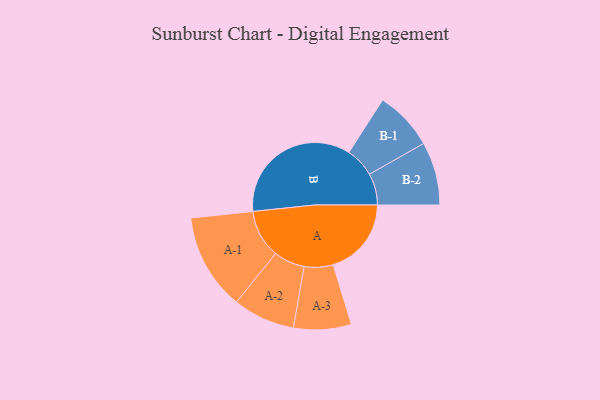
{"axis": {"x": "Segment", "y": "Value"}, "legend": ["", "A", "B"], "data": [{"x": "A", "y": 282, "type": ""}, {"x": "B", "y": 497, "type": ""}, {"x": "A-1", "y": 174, "type": "A"}, {"x": "A-2", "y": 112, "type": "A"}, {"x": "A-3", "y": 104, "type": "A"}, {"x": "B-1", "y": 107, "type": "B"}, {"x": "B-2", "y": 114, "type": "B"}]}